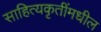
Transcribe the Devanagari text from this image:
साहित्यकृतींमधील